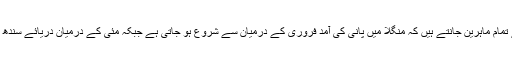
ذرائع آب سے تعلق رکھنے والے تمام ماہرین جانتے ہیں کہ منگلا میں پانی کی آمد فروری کے درمیان سے شروع ہو جاتی ہے جبکہ مئی کے درمیان دریائے سندھ میں پانی کی آمد شروع ہوتی ہے۔